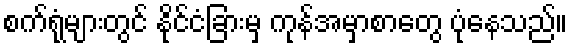
စက်ရုံများတွင် နိုင်ငံခြားမှ ကုန်အမှာစာတွေ ပုံနေသည်။